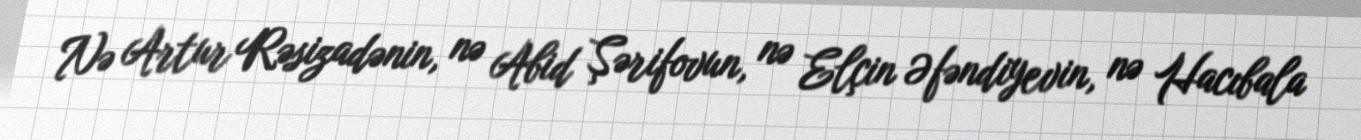
Nə Artur Rəsizadənin, nə Abid Şərifovun, nə Elçin Əfəndiyevin, nə Hacıbala